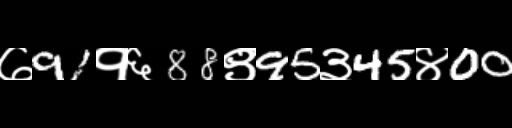
Text: ७91१६88९95३45४00